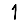
Digit: 1